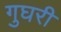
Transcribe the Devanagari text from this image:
गुघरी